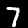
Digit: 7